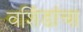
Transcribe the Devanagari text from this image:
वशिंडांचा